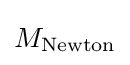
M_{\mathrm {Newton} }